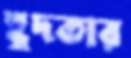
হূদতার